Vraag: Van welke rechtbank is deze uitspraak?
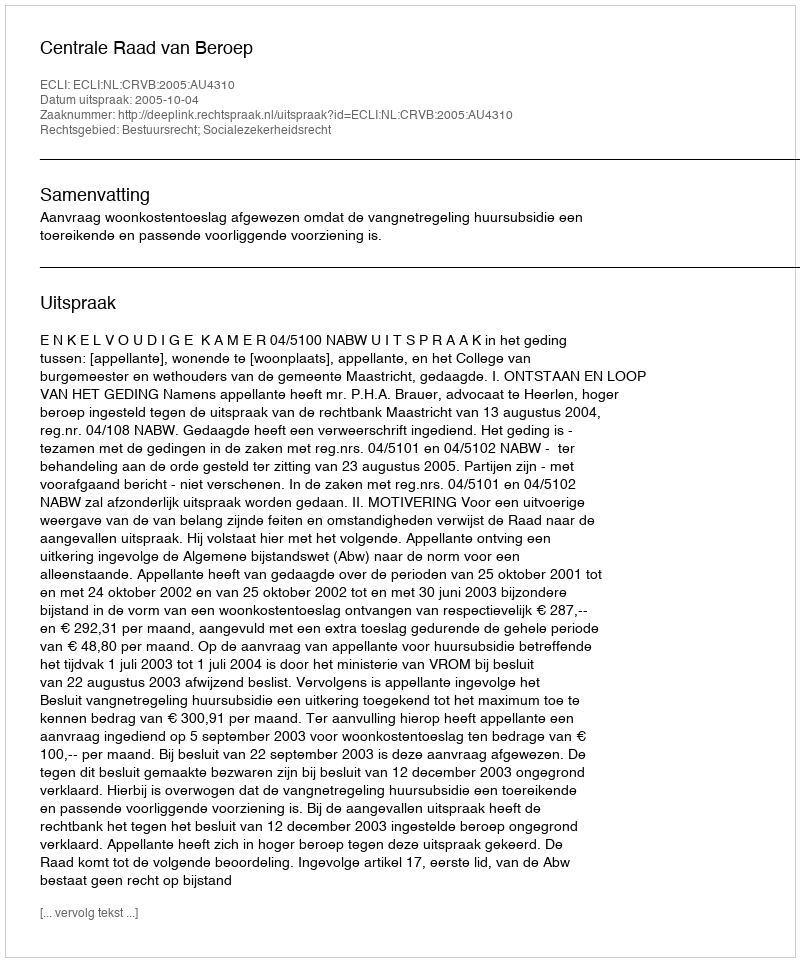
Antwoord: Centrale Raad van Beroep